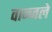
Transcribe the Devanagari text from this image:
वान्जले